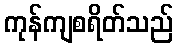
ကုန်ကျစရိတ်သည်